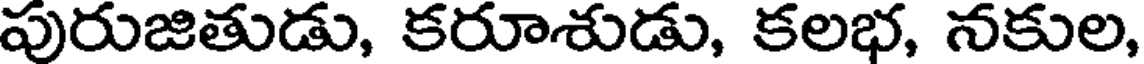
పురుజితుడు, కరూశుడు, కలభ, నకుల,